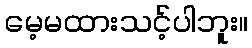
မေ့မထားသင့်ပါဘူး။